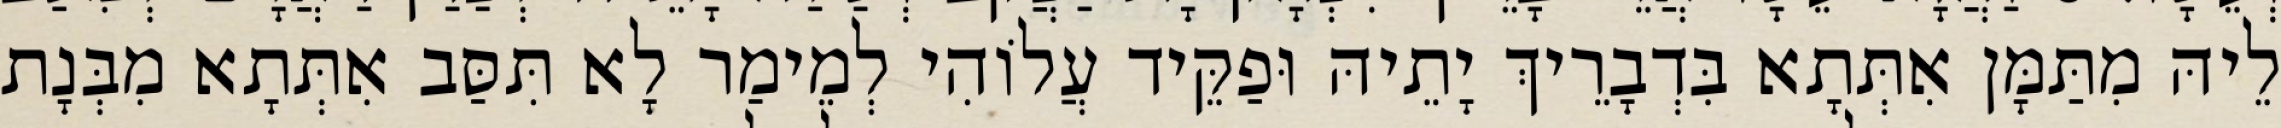
לֵיהּ מִתַּמָּן אִתְּתָא בִּדְבָרֵיךְ יָתֵיהּ וּפַקֵּיד עֲלוֹהִי לְמֵימַר לָא תִּסַּב אִתְּתָא מִבְּנָת